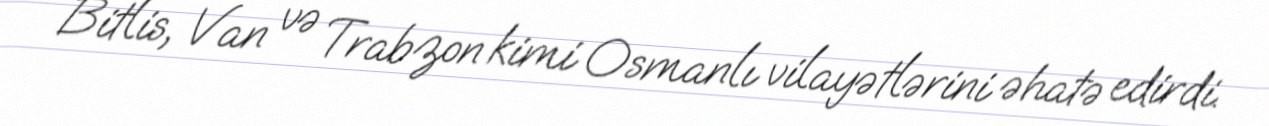
Bitlis, Van və Trabzon kimi Osmanlı vilayətlərini əhatə edirdi.